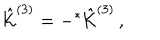
LaTeX: \hat { \cal K } ^ { ( 3 ) } = - { } ^ { * } \hat { \cal K } ^ { ( 3 ) } \, ,